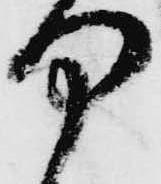
部